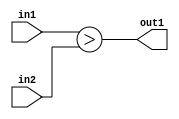
`timescale 1ps / 1ps
/*****************************************************************************
    Verilog RTL Description
    
    
    Created by: Stratus DpOpt 2019.1.01 
*******************************************************************************/

module st_feature_addr_gen_LessThan_16Ux8U_1U_4_0 (
	in2,
	in1,
	out1
	); /* architecture "behavioural" */ 
input [15:0] in2;
input [7:0] in1;
output  out1;
wire  asc001;

assign asc001 = (in1>in2);

assign out1 = asc001;
endmodule

/* CADENCE  urn5SAs= : u9/ySgnWtBlWxVPRXgAZ4Og= ** DO NOT EDIT THIS LINE ******/